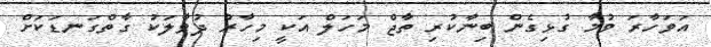
އަވަހާރަ ވުމާ ގުޅިގެން ބިނާކުރި ތާޖް މަހަލް އަކީ މިހާރު ދުވާލަކު ގާތްގަނޑަކަށް